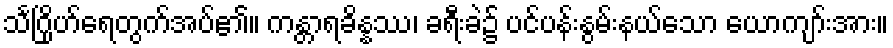
သင်္ဂြိုဟ်ရေတွက်အပ်၏။ ကန္တာရခိန္နဿ၊ ခရီးခဲ၌ ပင်ပန်းနွမ်းနယ်သော ယောကျာ်းအား။